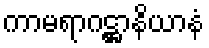
ကာမရာဂဋ္ဌာနိယာနံ